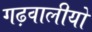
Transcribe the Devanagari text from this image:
गढ़वालीयों